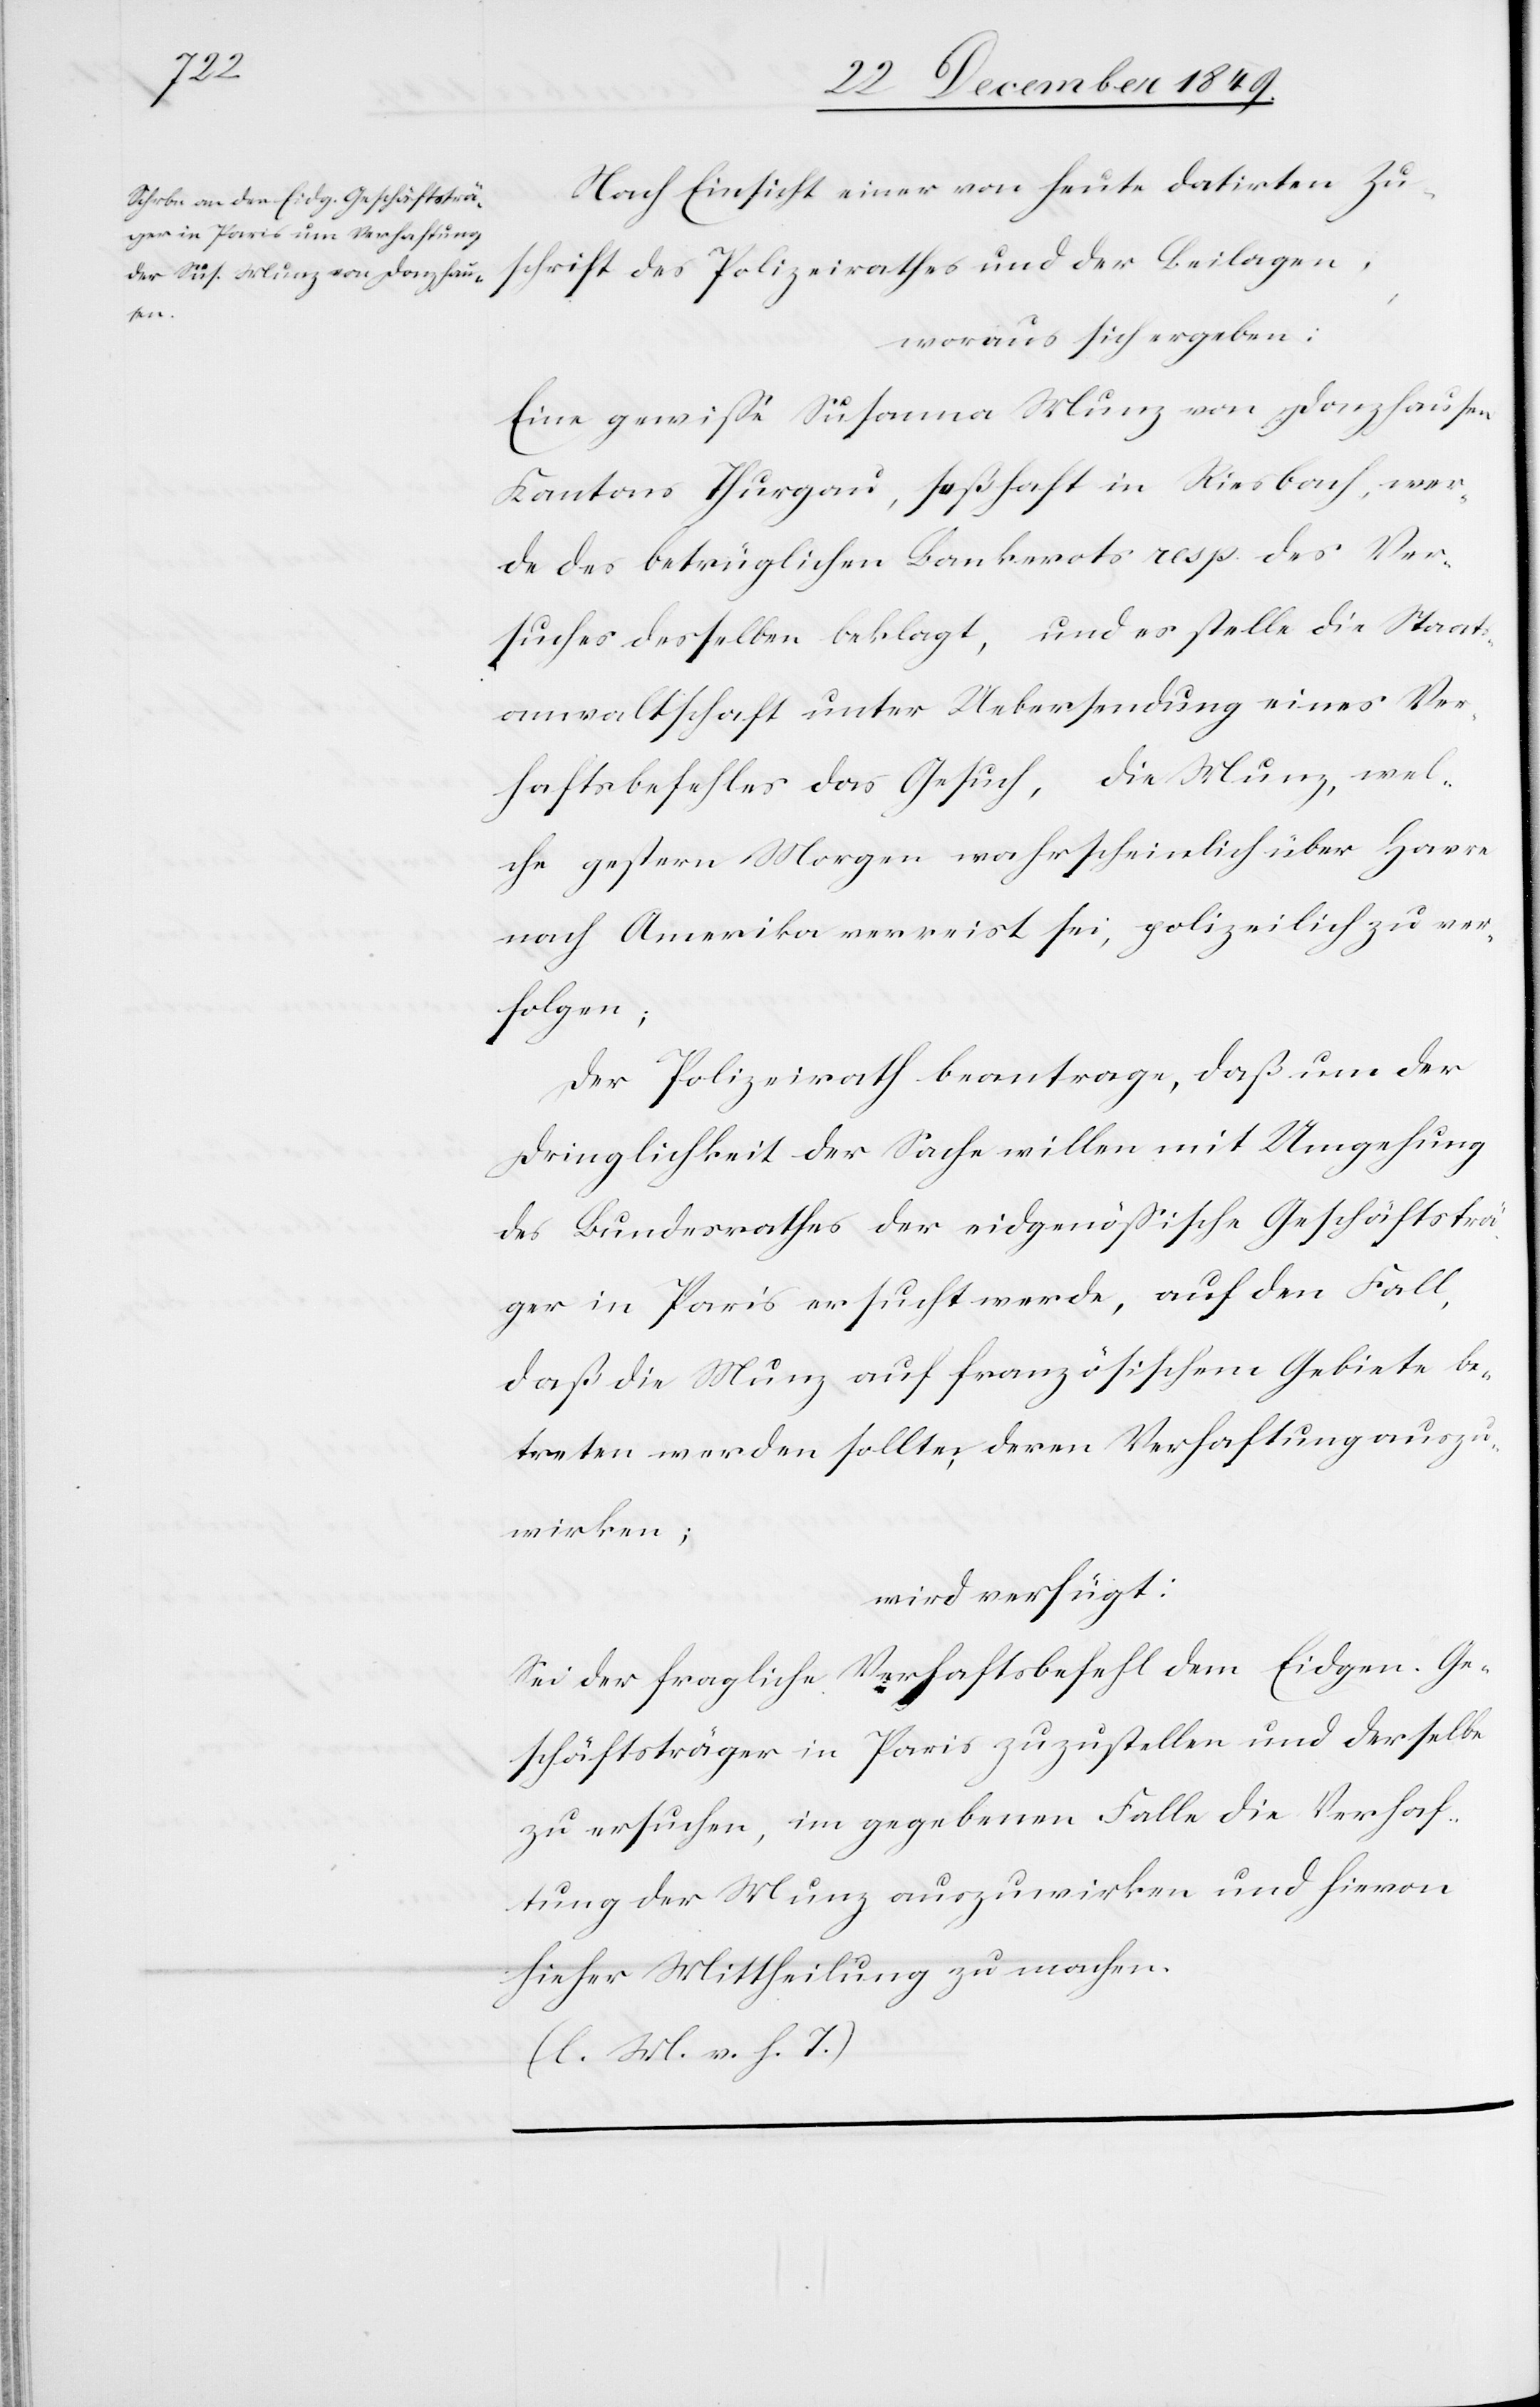
den

22 December 1849
Nach Einsicht einer von heute datirten Zu¬
schrift des Polizeirathes und der Beilagen,
woraus sich ergeben:
Eine gewiße Susanna Munz von Donzhausen
Kantons Thurgau, seßhaft in Riesbach, wer¬
de des betrüglichen Bankrots resp. des Ver¬
suches desselben beklagt, und es stelle die Staats¬
anwaltschaft unter Uebersendung eines Ver¬
haftsbefehles das Gesuch, die Munz, wel¬
che gestern Morgen wahrscheinlich über Havre
nach Amerika verreist sei, polizeilich zu ver¬
folgen;
Der Polizeirath beantrage, daß um der
Dringlichkeit der Sache willen mit Umgehung
des Bundesrathes der eidgenößische Geschäftsträ¬
ger in Paris ersucht werde, auf den Fall,
daß die Munz auf französischem Gebiete be¬
treten werden sollte, deren Verhaftung auszu¬
wirken;
wird verfügt:
Sei der fragliche Verhaftsbefehl dem Eidgen. Ge¬
schäftsträger in Paris zuzustellen und derselbe
zu ersuchen, im gegebenen Falle die Verhaf¬
tung der Munz auszuwirken und hievon
hieher Mittheilung zu machen.
[l. M. v. h. T]